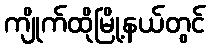
ကျိုက်ထိုမြို့နယ်တွင်